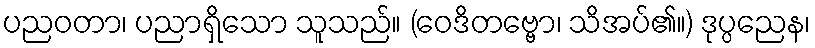
ပညဝတာ၊ ပညာရှိသော သူသည်။ (ဝေဒိတဗ္ဗော၊ သိအပ်၏။) ဒုပ္ပညေန၊